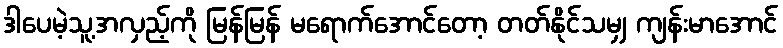
ဒါပေမဲ့သူ့အလှည့်ကို မြန်မြန် မရောက်အောင်တော့ တတ်နိုင်သမျှ ကျန်းမာအောင်